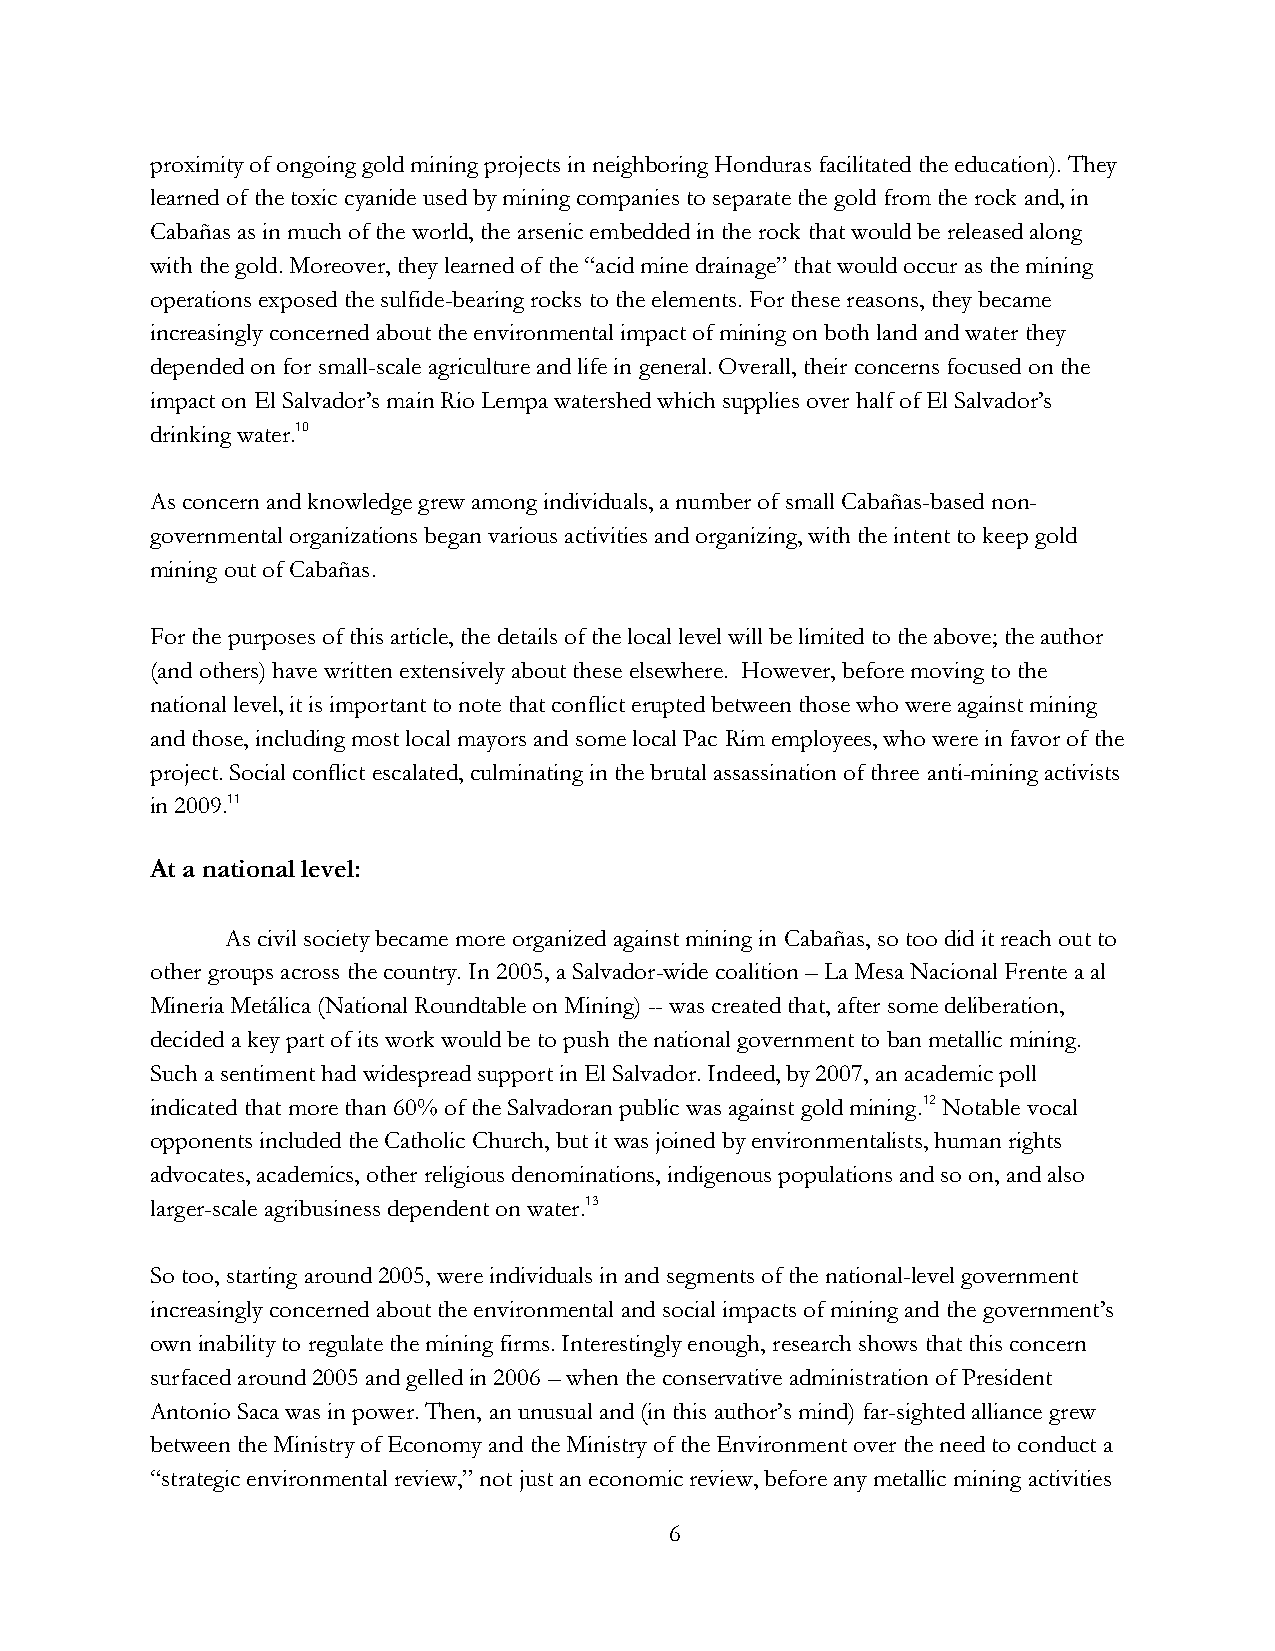
proximity of ongoing gold mining projects in neighboring Honduras facilitated the education). They
 learned of the toxic cyanide used by mining companies to separate the gold from the rock and, in
 Cabañas as in much of the world, the arsenic embedded in the rock that would be released along
 with the gold. Moreover, they learned of the “acid mine drainage” that would occur as the mining
 operations exposed the sulfide-bearing rocks to the elements. For these reasons, they became
 increasingly concerned about the environmental impact of mining on both land and water they
 depended on for small-scale agriculture and life in general. Overall, their concerns focused on the
 impact on El Salvador’s main Rio Lempa watershed which supplies over half of El Salvador’s
 drinking water.10
 As concern and knowledge grew among individuals, a number of small Cabañas-based non-
 governmental organizations began various activities and organizing, with the intent to keep gold
 mining out of Cabañas.
 For the purposes of this article, the details of the local level will be limited to the above; the author
 (and others) have written extensively about these elsewhere. However, before moving to the
 national level, it is important to note that conflict erupted between those who were against mining
 and those, including most local mayors and some local Pac Rim employees, who were in favor of the
 project. Social conflict escalated, culminating in the brutal assassination of three anti-mining activists
 in 2009.11
 At a national level:
 As civil society became more organized against mining in Cabañas, so too did it reach out to
 other groups across the country. In 2005, a Salvador-wide coalition – La Mesa Nacional Frente a al
 Mineria Metálica (National Roundtable on Mining) -- was created that, after some deliberation,
 decided a key part of its work would be to push the national government to ban metallic mining.
 Such a sentiment had widespread support in El Salvador. Indeed, by 2007, an academic poll
 indicated that more than 60% of the Salvadoran public was against gold mining.12 Notable vocal
 opponents included the Catholic Church, but it was joined by environmentalists, human rights
 advocates, academics, other religious denominations, indigenous populations and so on, and also
 larger-scale agribusiness dependent on water.13
 So too, starting around 2005, were individuals in and segments of the national-level government
 increasingly concerned about the environmental and social impacts of mining and the government’s
 own inability to regulate the mining firms. Interestingly enough, research shows that this concern
 surfaced around 2005 and gelled in 2006 – when the conservative administration of President
 Antonio Saca was in power. Then, an unusual and (in this author’s mind) far-sighted alliance grew
 between the Ministry of Economy and the Ministry of the Environment over the need to conduct a
 “strategic environmental review,” not just an economic review, before any metallic mining activities
 6